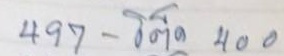
497 - โต๊ด 400